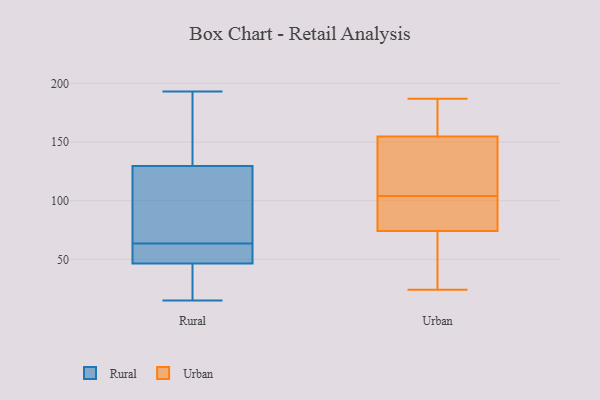
{"axis": {"x": "Backlog", "y": "Value"}, "legend": ["Rural", "Urban"], "data": [{"x": "", "y": 50, "type": "Rural"}, {"x": "", "y": 193, "type": "Rural"}, {"x": "", "y": 50, "type": "Rural"}, {"x": "", "y": 76, "type": "Rural"}, {"x": "", "y": 112, "type": "Rural"}, {"x": "", "y": 31, "type": "Rural"}, {"x": "", "y": 51, "type": "Rural"}, {"x": "", "y": 193, "type": "Rural"}, {"x": "", "y": 146, "type": "Rural"}, {"x": "", "y": 113, "type": "Rural"}, {"x": "", "y": 15, "type": "Rural"}, {"x": "", "y": 43, "type": "Rural"}, {"x": "", "y": 104, "type": "Urban"}, {"x": "", "y": 132, "type": "Urban"}, {"x": "", "y": 74, "type": "Urban"}, {"x": "", "y": 75, "type": "Urban"}, {"x": "", "y": 69, "type": "Urban"}, {"x": "", "y": 155, "type": "Urban"}, {"x": "", "y": 187, "type": "Urban"}, {"x": "", "y": 154, "type": "Urban"}, {"x": "", "y": 176, "type": "Urban"}, {"x": "", "y": 166, "type": "Urban"}, {"x": "", "y": 94, "type": "Urban"}, {"x": "", "y": 63, "type": "Urban"}, {"x": "", "y": 90, "type": "Urban"}, {"x": "", "y": 24, "type": "Urban"}, {"x": "", "y": 144, "type": "Urban"}]}